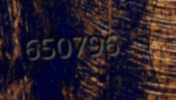
650796